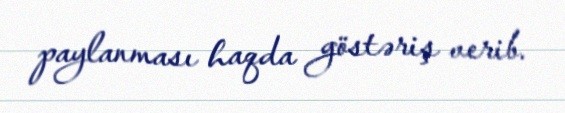
paylanması haqda göstəriş verib.